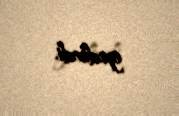
gedirdi.